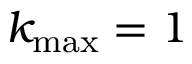
k _ { \operatorname* { m a x } } = 1